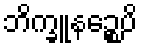
ဘိက္ခူနဉ္စေပိ